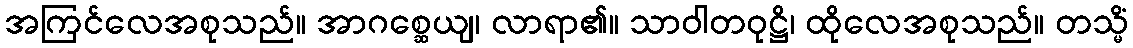
အကြင်လေအစုသည်။ အာဂစ္ဆေယျ၊ လာရာ၏။ သာဝါတဝုဋ္ဌိ၊ ထိုလေအစုသည်။ တသ္မိံ